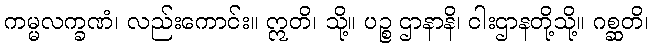
ကမ္မလက္ခဏံ၊ လည်းကောင်း။ ဣတိ၊ သို့။ ပဉ္စ ဌာနာနိ၊ ငါးဌာနတို့သို့။ ဂစ္ဆတိ၊